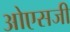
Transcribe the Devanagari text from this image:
ओएसजी